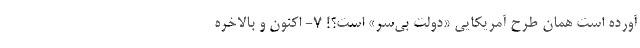
آورده است همان طرح آمریکایی «دولت بی‌سر» است؟! ۷- اکنون و بالاخره